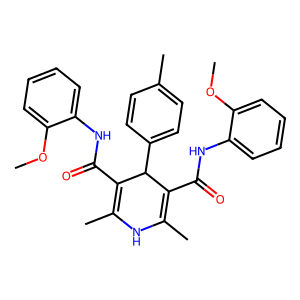
SMILES: COc1ccccc1NC(=O)C1=C(C)NC(C)=C(C(=O)Nc2ccccc2OC)C1c1ccc(C)cc1
Inhibits HIV replication: No